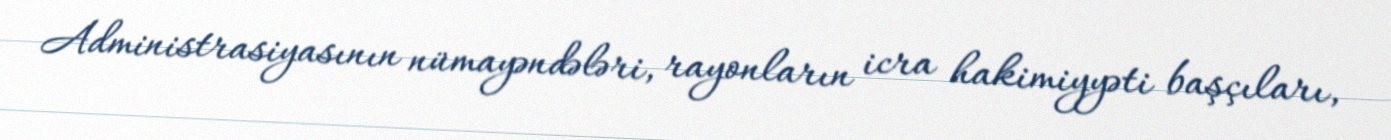
Administrasiyasının nümayəndələri, rayonların icra hakimiyyəti başçıları,